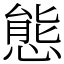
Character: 態